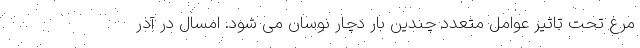
مرغ تحت تاثیر عوامل متعدد چندین بار دچار نوسان می شود. امسال در آذر